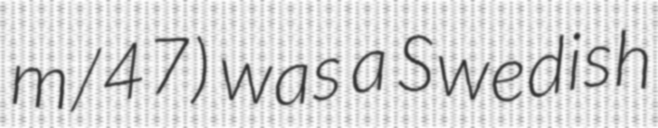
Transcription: m/47) was a Swedish